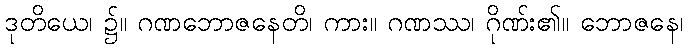
ဒုတိယေ၊ ၌။ ဂဏဘောဇနေတိ၊ ကား။ ဂဏဿ၊ ဂိုဏ်း၏။ ဘောဇနေ၊